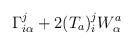
LaTeX: \begin{align*}\Gamma^j_{i\alpha} + 2(T_a)^j_iW^a_\alpha\end{align*}